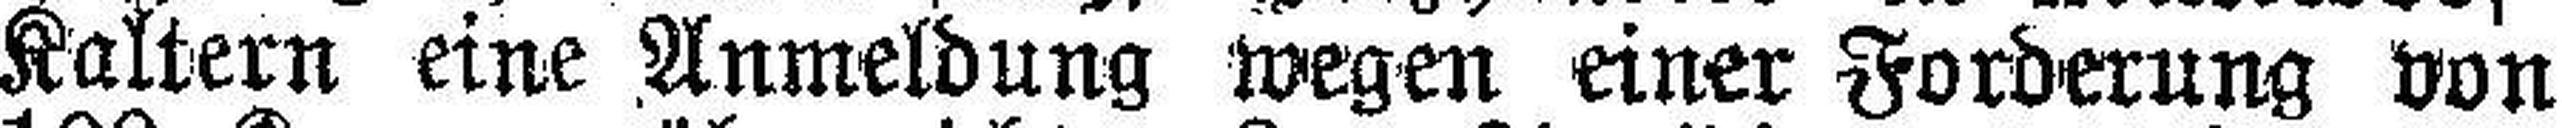
Kaltern eine Anmeldung wegen einer Forderung von